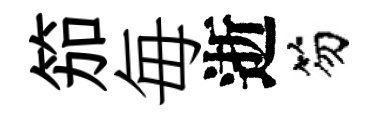
笳毎逝笏